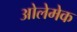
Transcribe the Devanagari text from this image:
ओलेमेक